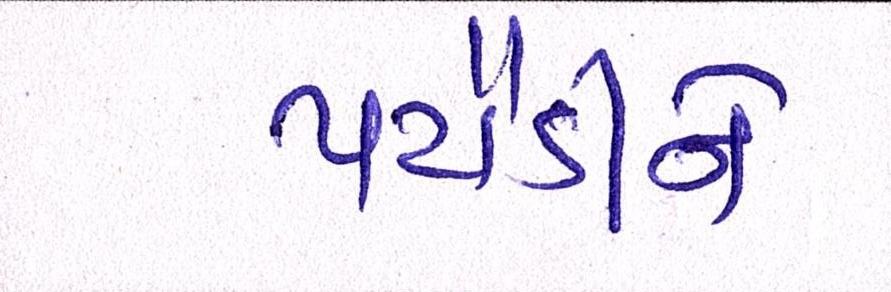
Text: પટૌડીને